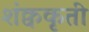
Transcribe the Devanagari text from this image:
शंक्वकृती